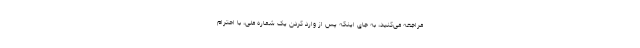
مراجعه می‌کنید، به جای اینکه پس از وارد کردن یک شماره ملی، با احترام